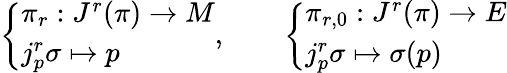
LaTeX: {\left\{ \begin{array}{ll}{\pi_{r}:J^{r}(\pi)\to M}\\ {j_{p}^{r}\sigma\mapsto p}\end{array}\right.},\qquad{\left\{ \begin{array}{ll}{\pi_{r,0}:J^{r}(\pi)\to E}\\ {j_{p}^{r}\sigma\mapsto\sigma(p)}\end{array}\right.}